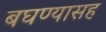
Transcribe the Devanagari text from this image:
बघण्यासह